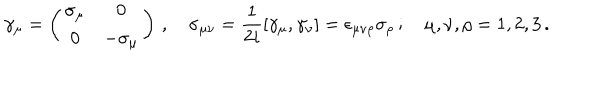
\gamma _ { \mu } = \left( \begin{array} { c c } { { \sigma _ { \mu } } } & { { 0 } } \\ { { 0 } } & { { - \sigma _ { \mu } } } \\ \end{array} \right) \, , \quad \sigma _ { \mu \nu } = { \frac { 1 } { 2 i } } [ \gamma _ { \mu } , \gamma _ { \nu } ] = \epsilon _ { \mu \nu \rho } \sigma _ { \rho } \, ; \quad \mu , \nu , \rho = 1 , 2 , 3 \, .